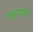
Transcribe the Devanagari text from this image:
साऊथच्या